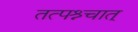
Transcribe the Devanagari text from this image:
तत्पश्र्चात्